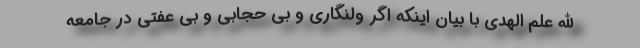
الله علم الهدی با بیان اینکه اگر ولنگاری و بی حجابی و بی عفتی در جامعه